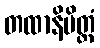
တထာနိမိတ္တံ